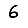
Digit: 6